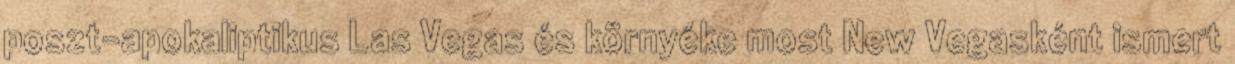
poszt-apokaliptikus Las Vegas és környéke most New Vegasként ismert